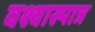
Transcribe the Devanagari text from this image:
वश्वास्पात्र